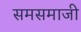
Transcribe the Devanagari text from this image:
समसमाजी